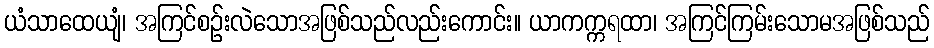
ယံသာထေယျံ၊ အကြင်စဉ်းလဲသောအဖြစ်သည်လည်းကောင်း။ ယာကက္ကရထာ၊ အကြင်ကြမ်းသောမအဖြစ်သည်